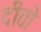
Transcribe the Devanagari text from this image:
दीवो